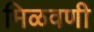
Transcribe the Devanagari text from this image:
मिळवणी